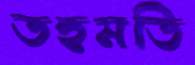
তহমতি